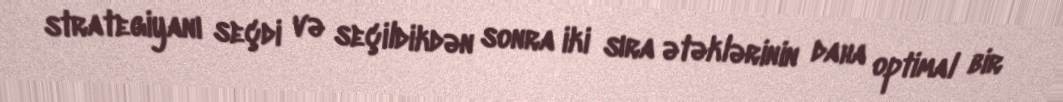
strategiyanı seçdi və seçildikdən sonra iki sıra ətəklərinin daha optimal bir